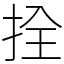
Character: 拴